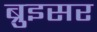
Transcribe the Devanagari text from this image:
ब्रुइसर